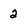
Character: 2